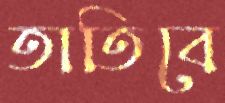
তাতিবে